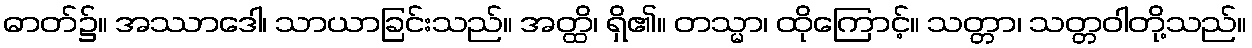
ဓာတ်၌။ အဿာဒေါ၊ သာယာခြင်းသည်။ အတ္ထိ၊ ရှိ၏။ တသ္မာ၊ ထိုကြောင့်။ သတ္တာ၊ သတ္တဝါတို့သည်။